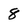
Character: 8